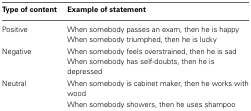
<table><thead><tr><td><b>Type of content</b></td><td><b>Example of statement</b></td></tr></thead><tbody><tr><td rowspan="2">Positive</td><td>When somebody passes an exam, then he is happy</td></tr><tr><td>When somebody triumphed, then he is lucky</td></tr><tr><td rowspan="2">Negative</td><td>When somebody feels overstrained, then he is sad</td></tr><tr><td>When somebody has self-doubts, then he is depressed</td></tr><tr><td rowspan="2">Neutral</td><td>When somebody is cabinet maker, then he works with wood</td></tr><tr><td>When somebody showers, then he uses shampoo</td></tr></tbody></table>